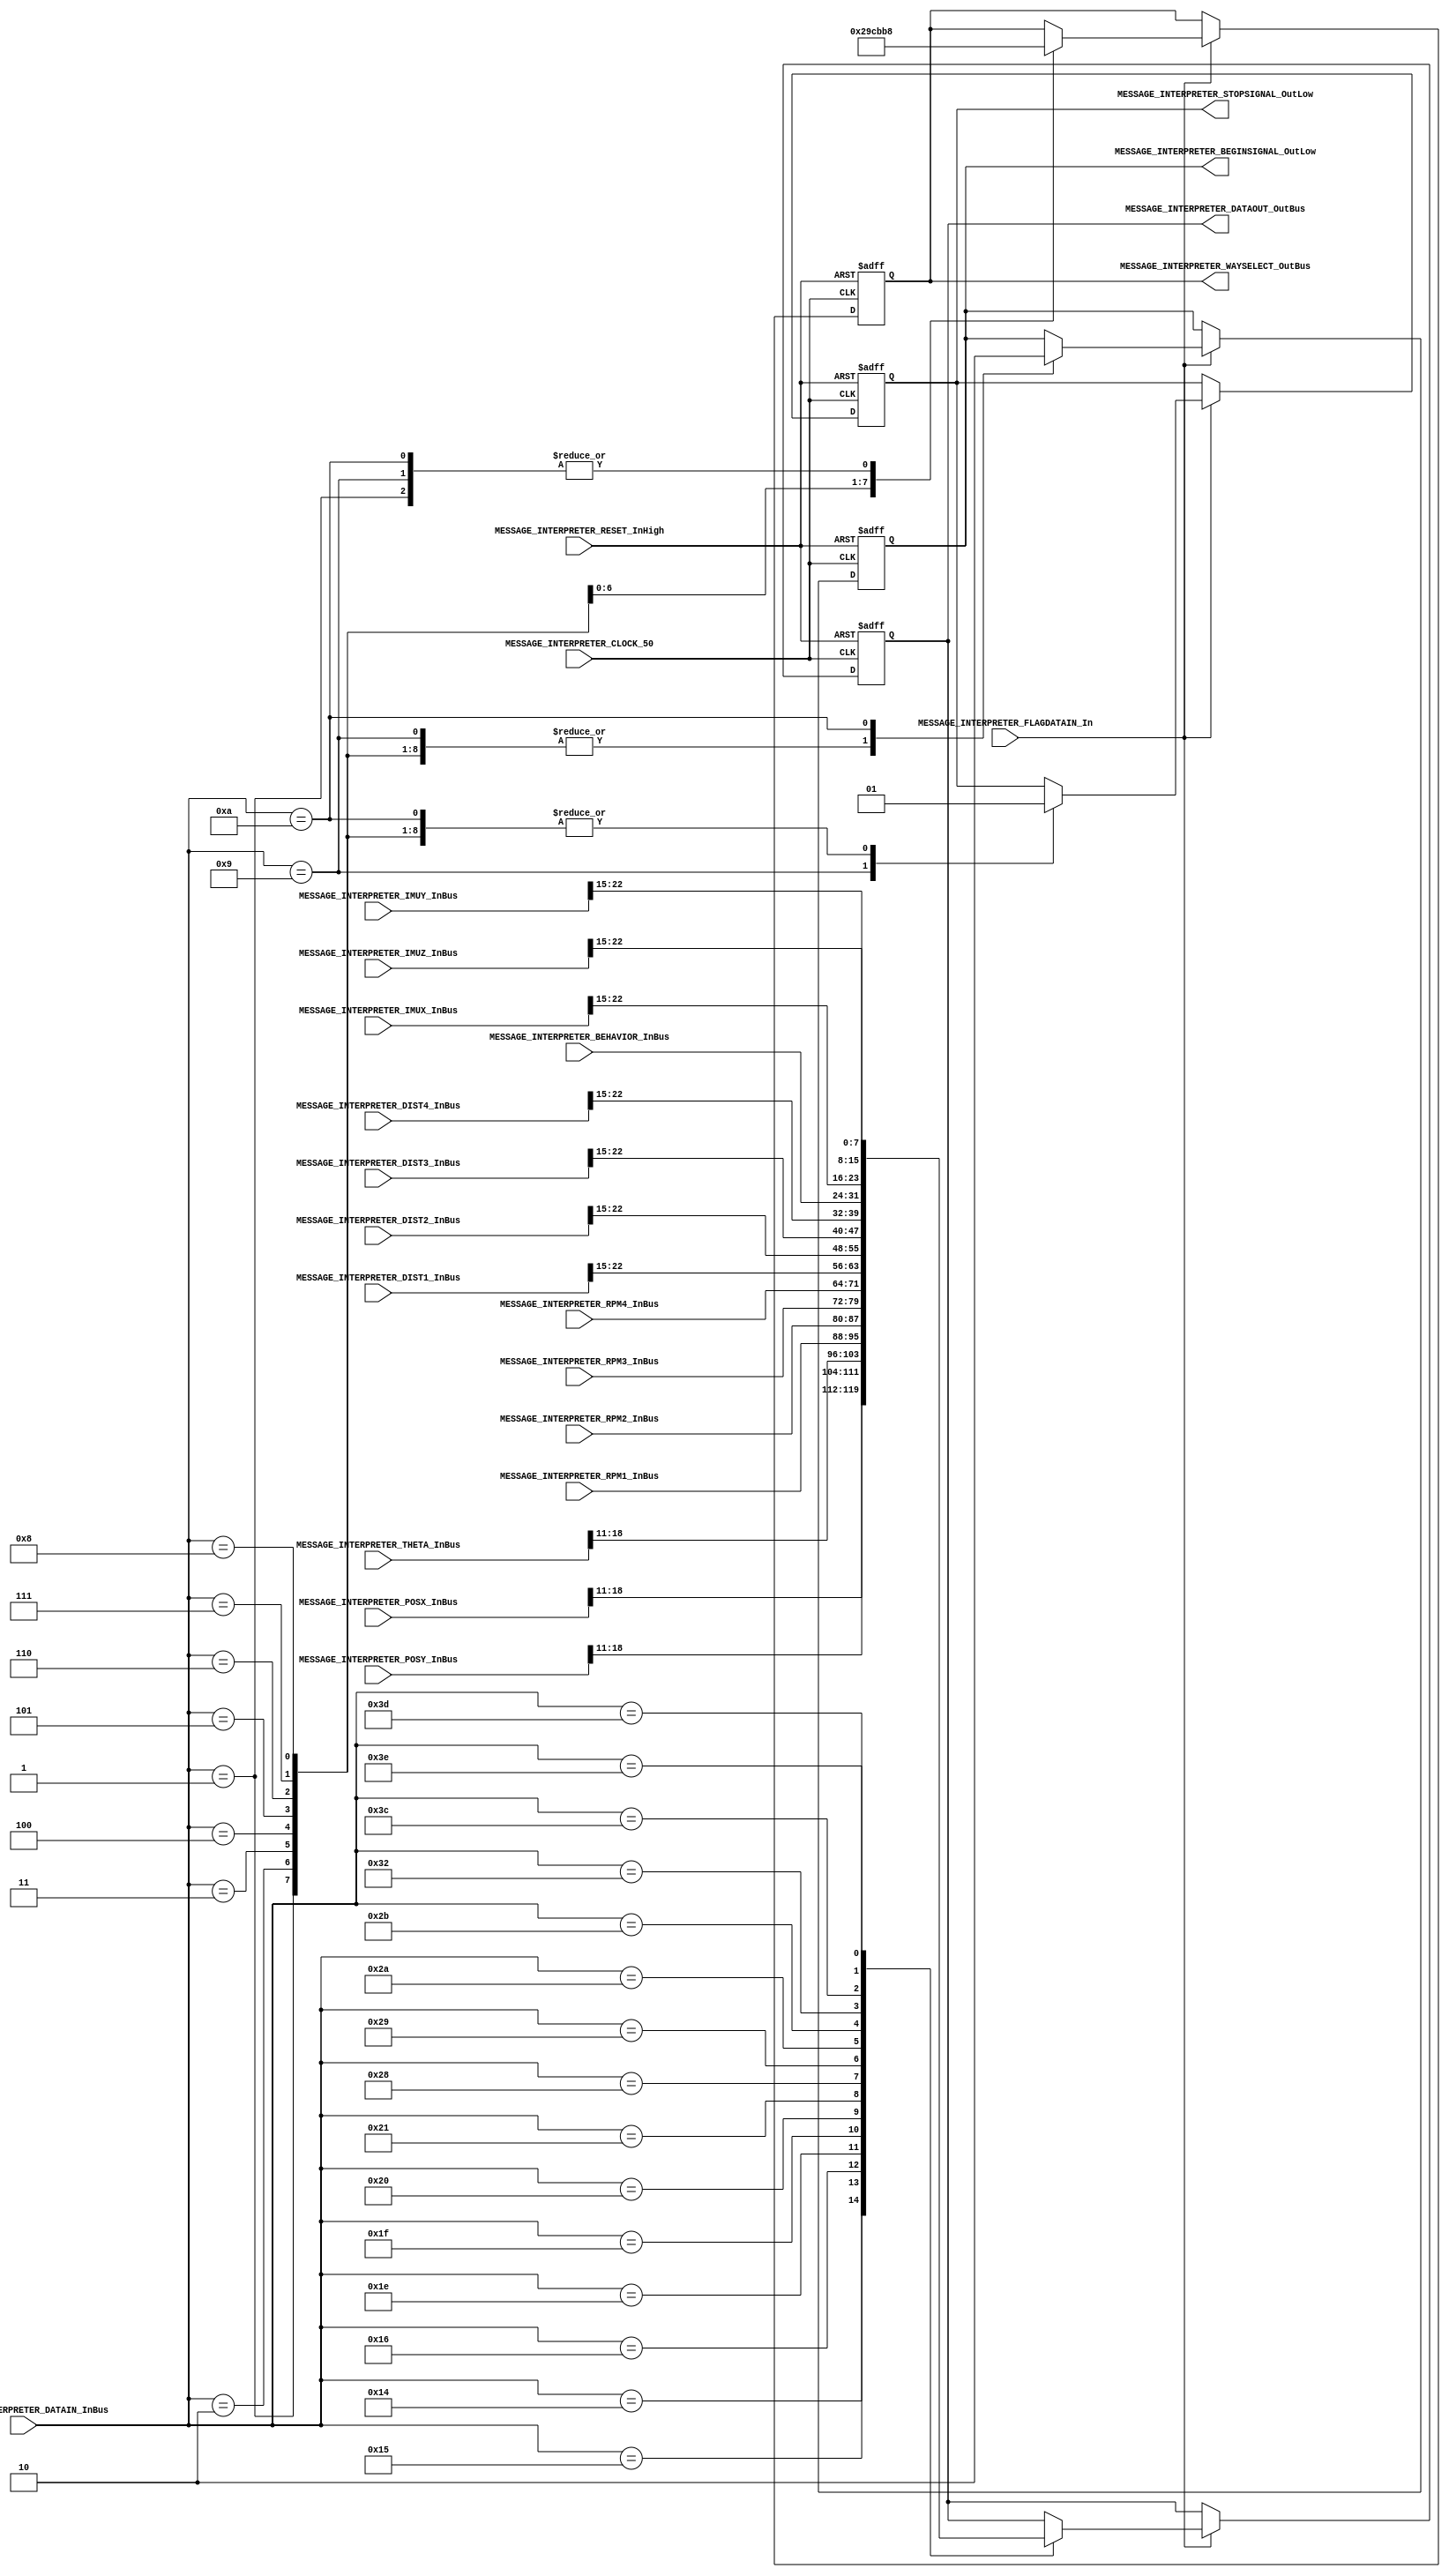
//****************************************
// Made by: Jhoan Esteban Len - je.leon.e@outlook.com
//****************************************

//=======================================================
//  MODULE Definition
//=======================================================

module MESSAGE_INTERPRETER
(
	//////////// INPUTS //////////
	MESSAGE_INTERPRETER_CLOCK_50,
	MESSAGE_INTERPRETER_RESET_InHigh,
	
	MESSAGE_INTERPRETER_FLAGDATAIN_In, // InHigh
	MESSAGE_INTERPRETER_DATAIN_InBus,
	
	MESSAGE_INTERPRETER_POSX_InBus,
	MESSAGE_INTERPRETER_POSY_InBus,
	MESSAGE_INTERPRETER_THETA_InBus,
	
	MESSAGE_INTERPRETER_RPM1_InBus,
	MESSAGE_INTERPRETER_RPM2_InBus,
	MESSAGE_INTERPRETER_RPM3_InBus,
	MESSAGE_INTERPRETER_RPM4_InBus,
	
	MESSAGE_INTERPRETER_DIST1_InBus,
	MESSAGE_INTERPRETER_DIST2_InBus,
	MESSAGE_INTERPRETER_DIST3_InBus,
	MESSAGE_INTERPRETER_DIST4_InBus,
	
	MESSAGE_INTERPRETER_BEHAVIOR_InBus,
	
	MESSAGE_INTERPRETER_IMUX_InBus,
	MESSAGE_INTERPRETER_IMUY_InBus,
	MESSAGE_INTERPRETER_IMUZ_InBus,
	
	//////////// OUTPUTS ////////// 
	MESSAGE_INTERPRETER_DATAOUT_OutBus,
	
	MESSAGE_INTERPRETER_WAYSELECT_OutBus,
	MESSAGE_INTERPRETER_STOPSIGNAL_OutLow,
	MESSAGE_INTERPRETER_BEGINSIGNAL_OutLow

);

//=======================================================
//  PARAMETER declarations
//=======================================================
parameter INT_WIDTH = 8;
parameter N_WIDTH = 32;
parameter Q_WIDTH = 15;

localparam waypoint1 = 8'd1;
localparam waypoint2 = 8'd2;
localparam waypoint3 = 8'd3;
localparam waypoint4 = 8'd4;
localparam waypoint5 = 8'd5;
localparam waypoint6 = 8'd6;
localparam waypoint7 = 8'd7;
localparam waypoint8 = 8'd8;
localparam stop_signal = 8'd9;
localparam begin_signal = 8'd10;

localparam x_i = 8'd20;
localparam y_i = 8'd21;
localparam theta_i = 8'd22;

localparam rpm_1 = 8'd30;
localparam rpm_2 = 8'd31;
localparam rpm_3 = 8'd32;
localparam rpm_4 = 8'd33;

localparam d_1 = 8'd40;
localparam d_2 = 8'd41;
localparam d_3 = 8'd42;
localparam d_4 = 8'd43;

localparam behavior = 8'd50;

localparam accel_x = 8'd60;
localparam accel_y = 8'd61;
localparam gyro_z = 8'd62;

//=======================================================
//  PORT declarations
//=======================================================
input	MESSAGE_INTERPRETER_CLOCK_50;
input	MESSAGE_INTERPRETER_RESET_InHigh;
	
input	MESSAGE_INTERPRETER_FLAGDATAIN_In;
input [INT_WIDTH-1:0]	MESSAGE_INTERPRETER_DATAIN_InBus;
	
input [N_WIDTH-1:0]	MESSAGE_INTERPRETER_POSX_InBus;
input [N_WIDTH-1:0]	MESSAGE_INTERPRETER_POSY_InBus;
input [N_WIDTH-1:0]	MESSAGE_INTERPRETER_THETA_InBus;
	
input [INT_WIDTH-1:0]	MESSAGE_INTERPRETER_RPM1_InBus;
input [INT_WIDTH-1:0]	MESSAGE_INTERPRETER_RPM2_InBus;
input [INT_WIDTH-1:0]	MESSAGE_INTERPRETER_RPM3_InBus;
input [INT_WIDTH-1:0]	MESSAGE_INTERPRETER_RPM4_InBus;
	
input [N_WIDTH-1:0]	MESSAGE_INTERPRETER_DIST1_InBus;
input [N_WIDTH-1:0]	MESSAGE_INTERPRETER_DIST2_InBus;
input [N_WIDTH-1:0]	MESSAGE_INTERPRETER_DIST3_InBus;
input [N_WIDTH-1:0]	MESSAGE_INTERPRETER_DIST4_InBus;
	
input [INT_WIDTH-1:0]	MESSAGE_INTERPRETER_BEHAVIOR_InBus;
	
input [N_WIDTH-1:0]	MESSAGE_INTERPRETER_IMUX_InBus;
input [N_WIDTH-1:0]	MESSAGE_INTERPRETER_IMUY_InBus;
input [N_WIDTH-1:0]	MESSAGE_INTERPRETER_IMUZ_InBus;
	
	//////////// OUTPUTS ////////// 
output [INT_WIDTH-1:0]	MESSAGE_INTERPRETER_DATAOUT_OutBus;
	
output [2:0]	MESSAGE_INTERPRETER_WAYSELECT_OutBus;
output MESSAGE_INTERPRETER_STOPSIGNAL_OutLow;
output MESSAGE_INTERPRETER_BEGINSIGNAL_OutLow;
	
//=======================================================
//  REG/WIRE declarations
//=======================================================
reg [INT_WIDTH-1:0] current_data;
reg [INT_WIDTH-1:0] next_data;

reg [2:0] current_select;
reg [2:0] next_select; 

reg current_stop;
reg next_stop;

reg current_begin;
reg next_begin;

//=======================================================
//  STRUCTURAL coding
//=======================================================

//always @(MESSAGE_INTERPRETER_FLAGDATAIN_In, MESSAGE_INTERPRETER_DATAIN_InBus)
always @(*)
begin
	if (MESSAGE_INTERPRETER_FLAGDATAIN_In == 1'b1)
	begin
	
	case (MESSAGE_INTERPRETER_DATAIN_InBus)
	
	waypoint1: // waypoint 1
		begin
			next_select = 3'b000; // origin waypoint
			next_stop = 1'b1; // no stop
			next_begin = 1'b1; // no begin
			next_data = current_data;
		end
		
	waypoint2: // waypoint 2
		begin
			next_select = 3'b001; // 2 channel mux
			next_stop = 1'b1;
			next_begin = 1'b1;
			next_data = current_data;
		end
		
	waypoint3: // waypoint 3
		begin
			next_select = 3'b010; // 3 channel mux
			next_stop = 1'b1;
			next_begin = 1'b1;
			next_data = current_data;
		end
		
	waypoint4: // waypoint 4
		begin
			next_select = 3'b011; // 4 channel mux
			next_stop = 1'b1;
			next_begin = 1'b1;
			next_data = current_data;
		end
		
	waypoint5: // waypoint 5
		begin
			next_select = 3'b100; // 5 channel mux
			next_stop = 1'b1;
			next_begin = 1'b1;
			next_data = current_data;
		end
		
	waypoint6: // waypoint 6
		begin
			next_select = 3'b101; // 6 channel mux
			next_stop = 1'b1;
			next_begin = 1'b1;
			next_data = current_data;
		end
		
	waypoint7: // waypoint 7
		begin
			next_select = 3'b110; // 7 channel mux
			next_stop = 1'b1;
			next_begin = 1'b1;
			next_data = current_data;
		end
		
	waypoint8: // waypoint 8
		begin
			next_select = 3'b111; // 8 channel mux
			next_stop = 1'b1;
			next_begin = 1'b1;
			next_data = current_data;
		end

	stop_signal: // stop
		begin
			next_select = 3'b000; 
			next_stop = 1'b0; // stop signal active in low
			next_begin = 1'b1;
			next_data = current_data;
		end
	
	begin_signal: // begin
		begin
			next_select = 3'b000;
			next_stop = 1'b1;
			next_begin = 1'b0; // begin signal active in low
			next_data = current_data;
		end
	
	
	x_i: // '20' for x_i
		begin
			next_select = current_select;
			next_stop = current_stop;
			next_begin = current_begin;
			next_data = MESSAGE_INTERPRETER_POSX_InBus[18:11]; // [22:15] data 0000_0000 
		end	
		
	y_i: // '21' for y_i
		begin
			next_select = current_select;
			next_stop = current_stop;
			next_begin = current_begin;
			next_data = MESSAGE_INTERPRETER_POSY_InBus[18:11]; // data
		end	
		
	theta_i: // '22' for theta_i
		begin
			next_select = current_select;
			next_stop = current_stop;
			next_begin = current_begin;
			next_data = MESSAGE_INTERPRETER_THETA_InBus[18:11]; // data
		end	

		
	rpm_1: // '30' for rpm_1
		begin
			next_select = current_select;
			next_stop = current_stop;
			next_begin = current_begin;
			next_data = MESSAGE_INTERPRETER_RPM1_InBus; // data, 8b u_int
		end		

	rpm_2: // '31' for rpm_2
		begin
			next_select = current_select;
			next_stop = current_stop;
			next_begin = current_begin;
			next_data = MESSAGE_INTERPRETER_RPM2_InBus; // data, 8b u_int
		end		
		
	rpm_3: // '32' for rpm_3
		begin
			next_select = current_select;
			next_stop = current_stop;
			next_begin = current_begin;
			next_data = MESSAGE_INTERPRETER_RPM3_InBus; // data, 8b u_int
		end		
		
	rpm_4: // '33' for rpm_4
		begin
			next_select = current_select;
			next_stop = current_stop;
			next_begin = current_begin;
			next_data = MESSAGE_INTERPRETER_RPM4_InBus; // data, 8b u_int
		end		
		
		
	d_1: // '40' for dist_1
		begin
			next_select = current_select;
			next_stop = current_stop;
			next_begin = current_begin;
			next_data = MESSAGE_INTERPRETER_DIST1_InBus[22:15]; // data, 8b u_int
		end			

	d_2: // '41' for dist_2
		begin
			next_select = current_select;
			next_stop = current_stop;
			next_begin = current_begin;
			next_data = MESSAGE_INTERPRETER_DIST2_InBus[22:15]; // data, 8b u_int
		end	

	d_3: // '42' for dist_3
		begin
			next_select = current_select;
			next_stop = current_stop;
			next_begin = current_begin;
			next_data = MESSAGE_INTERPRETER_DIST3_InBus[22:15]; // data, 8b u_int
		end	

	d_4: // '43' for dist_4
		begin
			next_select = current_select;
			next_stop = current_stop;
			next_begin = current_begin;
			next_data = MESSAGE_INTERPRETER_DIST4_InBus[22:15]; // data, 8b u_int
		end			
		
		
	behavior: // '50' for behavior
		begin
			next_select = current_select;
			next_stop = current_stop;
			next_begin = current_begin;
			next_data = MESSAGE_INTERPRETER_BEHAVIOR_InBus; // data, 1 byte to decode
		end	
	
	accel_x: // '60' for accel_x
		begin
			next_select = current_select;
			next_stop = current_stop;
			next_begin = current_begin;
			next_data = MESSAGE_INTERPRETER_IMUX_InBus[22:15]; // data
		end			
	
	accel_y: // '60' for accel_y
		begin
			next_select = current_select;
			next_stop = current_stop;
			next_begin = current_begin;
			next_data = MESSAGE_INTERPRETER_IMUY_InBus[22:15]; // data
		end	
	
	gyro_z: // '60' for gyro_z
		begin
			next_select = current_select;
			next_stop = current_stop;
			next_begin = current_begin;
			next_data = MESSAGE_INTERPRETER_IMUZ_InBus[22:15]; // data
		end	
	
	default:
		begin
			next_select = current_select;
			next_stop = current_stop;
			next_begin = current_begin;
			next_data = current_data;
		end	
	endcase	
	
	end
	
	else
	begin
		next_select = current_select;
		next_stop = current_stop;
		next_begin = current_begin;
		next_data = current_data;
	end
	
end


always @(posedge MESSAGE_INTERPRETER_CLOCK_50, posedge MESSAGE_INTERPRETER_RESET_InHigh)
begin
	if (MESSAGE_INTERPRETER_RESET_InHigh == 1'b1)
		begin
			current_select = 3'b000; // origin
			current_stop = 1'b0; // begin in stop 
			current_begin = 1'b1;
			current_data = 8'b00000000; // no data to send
		end
	else
		begin
			current_select <= next_select;
			current_stop <= next_stop;
			current_begin <= next_begin;
			current_data <= next_data;
		end
end
	

assign MESSAGE_INTERPRETER_WAYSELECT_OutBus = current_select;
assign MESSAGE_INTERPRETER_STOPSIGNAL_OutLow = current_stop;
assign MESSAGE_INTERPRETER_BEGINSIGNAL_OutLow = current_begin;
assign MESSAGE_INTERPRETER_DATAOUT_OutBus = current_data;

		
endmodule